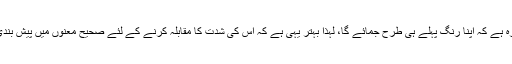
اس لئے اندازہ ہے کہ اپنا رنگ پہلے ہی طرح جمائے گا، لہٰذا بہتر یہی ہے کہ اس کی شدت کا مقابلہ کرنے کے لئے صحیح معنوں میں پیش بندی کی جائے۔